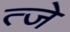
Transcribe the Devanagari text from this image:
त्जे